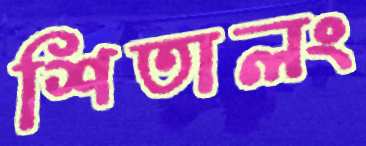
শিতালং